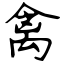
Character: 禽